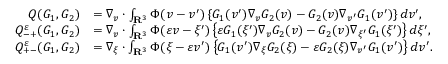
\begin{array} { r l } { Q ( G _ { 1 } , G _ { 2 } ) } & { = \nabla _ { v } \cdot \int _ { \mathbf R ^ { 3 } } \Phi ( v - v ^ { \prime } ) \left\{ G _ { 1 } ( v ^ { \prime } ) \nabla _ { v } G _ { 2 } ( v ) - G _ { 2 } ( v ) \nabla _ { v ^ { \prime } } G _ { 1 } ( v ^ { \prime } ) \right\} d v ^ { \prime } , } \\ { Q _ { - + } ^ { \varepsilon } ( G _ { 1 } , G _ { 2 } ) } & { = \nabla _ { v } \cdot \int _ { \mathbf R ^ { 3 } } \Phi ( \varepsilon v - \xi ^ { \prime } ) \left\{ \varepsilon G _ { 1 } ( \xi ^ { \prime } ) \nabla _ { v } G _ { 2 } ( v ) - G _ { 2 } ( v ) \nabla _ { \xi ^ { \prime } } G _ { 1 } ( \xi ^ { \prime } ) \right\} d \xi ^ { \prime } , } \\ { Q _ { + - } ^ { \varepsilon } ( G _ { 1 } , G _ { 2 } ) } & { = \nabla _ { \xi } \cdot \int _ { \mathbf R ^ { 3 } } \Phi ( \xi - \varepsilon v ^ { \prime } ) \left\{ G _ { 1 } ( v ^ { \prime } ) \nabla _ { \xi } G _ { 2 } ( \xi ) - \varepsilon G _ { 2 } ( \xi ) \nabla _ { v ^ { \prime } } G _ { 1 } ( v ^ { \prime } ) \right\} d v ^ { \prime } . } \end{array}